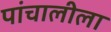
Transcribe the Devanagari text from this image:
पांचालीला